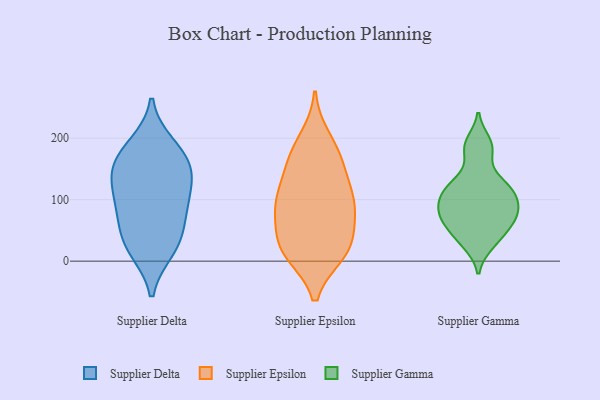
{"axis": {"x": "Net Income (USD K)", "y": "Value"}, "legend": ["Supplier Delta", "Supplier Epsilon", "Supplier Gamma"], "data": [{"x": "", "y": 151, "type": "Supplier Delta"}, {"x": "", "y": 85, "type": "Supplier Delta"}, {"x": "", "y": 20, "type": "Supplier Delta"}, {"x": "", "y": 134, "type": "Supplier Delta"}, {"x": "", "y": 106, "type": "Supplier Delta"}, {"x": "", "y": 86, "type": "Supplier Delta"}, {"x": "", "y": 173, "type": "Supplier Delta"}, {"x": "", "y": 39, "type": "Supplier Delta"}, {"x": "", "y": 151, "type": "Supplier Delta"}, {"x": "", "y": 187, "type": "Supplier Delta"}, {"x": "", "y": 29, "type": "Supplier Delta"}, {"x": "", "y": 200, "type": "Supplier Epsilon"}, {"x": "", "y": 50, "type": "Supplier Epsilon"}, {"x": "", "y": 164, "type": "Supplier Epsilon"}, {"x": "", "y": 128, "type": "Supplier Epsilon"}, {"x": "", "y": 158, "type": "Supplier Epsilon"}, {"x": "", "y": 103, "type": "Supplier Epsilon"}, {"x": "", "y": 81, "type": "Supplier Epsilon"}, {"x": "", "y": 89, "type": "Supplier Epsilon"}, {"x": "", "y": 14, "type": "Supplier Epsilon"}, {"x": "", "y": 176, "type": "Supplier Epsilon"}, {"x": "", "y": 12, "type": "Supplier Epsilon"}, {"x": "", "y": 94, "type": "Supplier Epsilon"}, {"x": "", "y": 39, "type": "Supplier Epsilon"}, {"x": "", "y": 16, "type": "Supplier Epsilon"}, {"x": "", "y": 98, "type": "Supplier Epsilon"}, {"x": "", "y": 17, "type": "Supplier Epsilon"}, {"x": "", "y": 72, "type": "Supplier Gamma"}, {"x": "", "y": 121, "type": "Supplier Gamma"}, {"x": "", "y": 97, "type": "Supplier Gamma"}, {"x": "", "y": 193, "type": "Supplier Gamma"}, {"x": "", "y": 126, "type": "Supplier Gamma"}, {"x": "", "y": 84, "type": "Supplier Gamma"}, {"x": "", "y": 101, "type": "Supplier Gamma"}, {"x": "", "y": 79, "type": "Supplier Gamma"}, {"x": "", "y": 31, "type": "Supplier Gamma"}, {"x": "", "y": 54, "type": "Supplier Gamma"}, {"x": "", "y": 183, "type": "Supplier Gamma"}, {"x": "", "y": 107, "type": "Supplier Gamma"}, {"x": "", "y": 72, "type": "Supplier Gamma"}, {"x": "", "y": 28, "type": "Supplier Gamma"}, {"x": "", "y": 69, "type": "Supplier Gamma"}, {"x": "", "y": 47, "type": "Supplier Gamma"}, {"x": "", "y": 115, "type": "Supplier Gamma"}, {"x": "", "y": 132, "type": "Supplier Gamma"}, {"x": "", "y": 182, "type": "Supplier Gamma"}]}